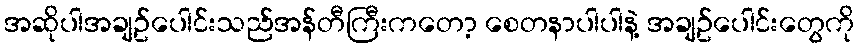
အဆိုပါအချဥ်ပေါင်းသည်အန်တီကြီးကတော့ စေတနာပါပါနဲ့ အချဥ်ပေါင်းတွေကို